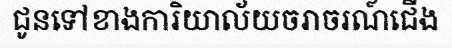
ជូនទៅខាងការិយាល័យចរាចរណ៍ជើង